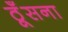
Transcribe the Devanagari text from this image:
ठूँसना